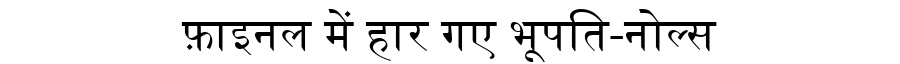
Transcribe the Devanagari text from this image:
फ़ाइनल में हार गए भूपति-नोल्स